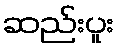
ဆည်းပူး